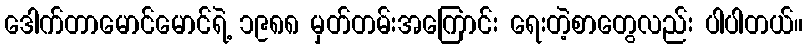
ဒေါက်တာမောင်မောင်ရဲ့ ၁၉၈၈ မှတ်တမ်းအကြောင်း ရေးတဲ့စာတွေလည်း ပါပါတယ်။